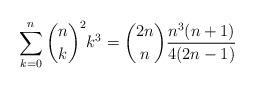
LaTeX: \begin{align*} \sum_{k=0}^n \binom{n}{k}^2 k^3 = \binom{2n}{n} \frac{n^3(n+1)}{4(2n-1)}\end{align*}